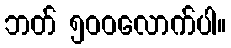
ဘတ် ၅၀၀လောက်ပါ။